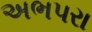
અભપરા